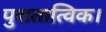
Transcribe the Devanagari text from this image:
पुरातात्विक।